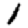
Digit: 1